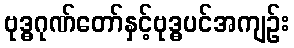
ဗုဒ္ဓဂုဏ်တော်နှင့်ဗုဒ္ဓပင်အကျဉ်း